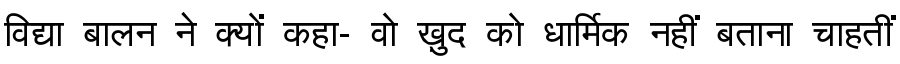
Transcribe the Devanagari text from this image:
विद्या बालन ने क्यों कहा- वो ख़ुद को धार्मिक नहीं बताना चाहतीं